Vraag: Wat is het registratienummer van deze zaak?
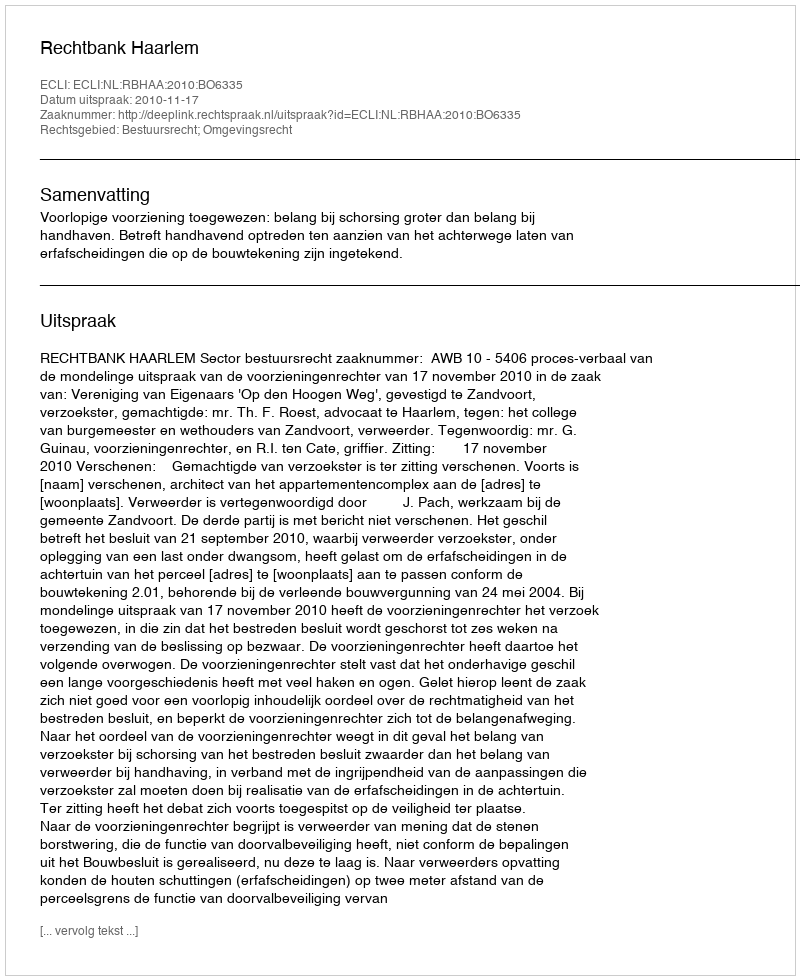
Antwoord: http://deeplink.rechtspraak.nl/uitspraak?id=ECLI:NL:RBHAA:2010:BO6335